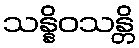
သန္နိဝသန္တိ